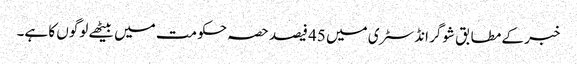
خبر کے مطابق شوگر انڈسٹری میں 45 فیصد حصہ حکومت میں بیٹھے لوگوں کا ہے۔